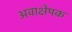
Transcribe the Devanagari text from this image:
अवाक्षेपक